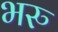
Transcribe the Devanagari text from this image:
भरु